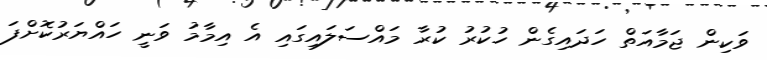
ވަކިން ޖަމާއަތް ހަދައިގެން ހުކުރު ކުރާ މައްސަލައިގައި އެ އިމާމު ވަނީ ހައްޔަރުކޮށްފަ